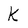
Character: k